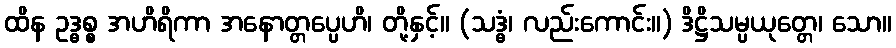
ထိန ဥဒ္ဓစ္စ အဟိရိကာ အနောတ္တပ္ပေဟိ၊ တို့နှင့်။ (သဒ္ဓံ၊ လည်းကောင်း။) ဒိဋ္ဌိသမ္ပယုတ္တေ၊ သော။